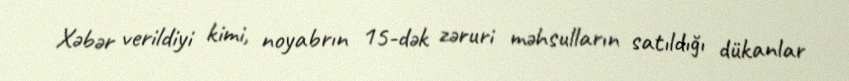
Xəbər verildiyi kimi, noyabrın 15-dək zəruri məhsulların satıldığı dükanlar